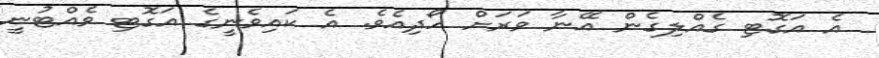
އެ އަގޮޓި ގެއްލިގެން އޭނާ ވަރަށް ހޯދިއެވެ. އެ ކައިވެނީގެ އަގޮޓި ވެއްޓުނީ